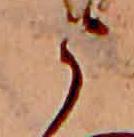
う